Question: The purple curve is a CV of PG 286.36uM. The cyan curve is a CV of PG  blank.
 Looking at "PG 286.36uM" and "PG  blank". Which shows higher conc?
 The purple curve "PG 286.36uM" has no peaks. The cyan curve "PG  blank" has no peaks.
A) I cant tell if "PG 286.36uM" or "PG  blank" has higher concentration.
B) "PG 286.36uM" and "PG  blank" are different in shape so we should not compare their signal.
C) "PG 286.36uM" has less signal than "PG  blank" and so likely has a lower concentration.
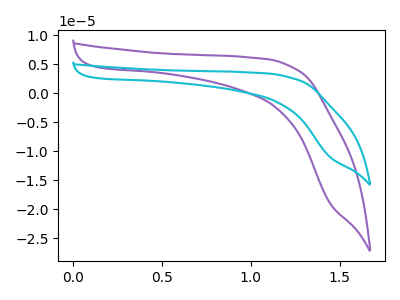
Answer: <think>Neither "PG 286.36uM" or "PG  blank" have any peaks.
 </think>
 <answer>A) I cant tell if "PG 286.36uM" or "PG  blank" has higher concentration.</answer>
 <eval>A</eval>